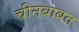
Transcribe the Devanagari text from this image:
चीनबाबत